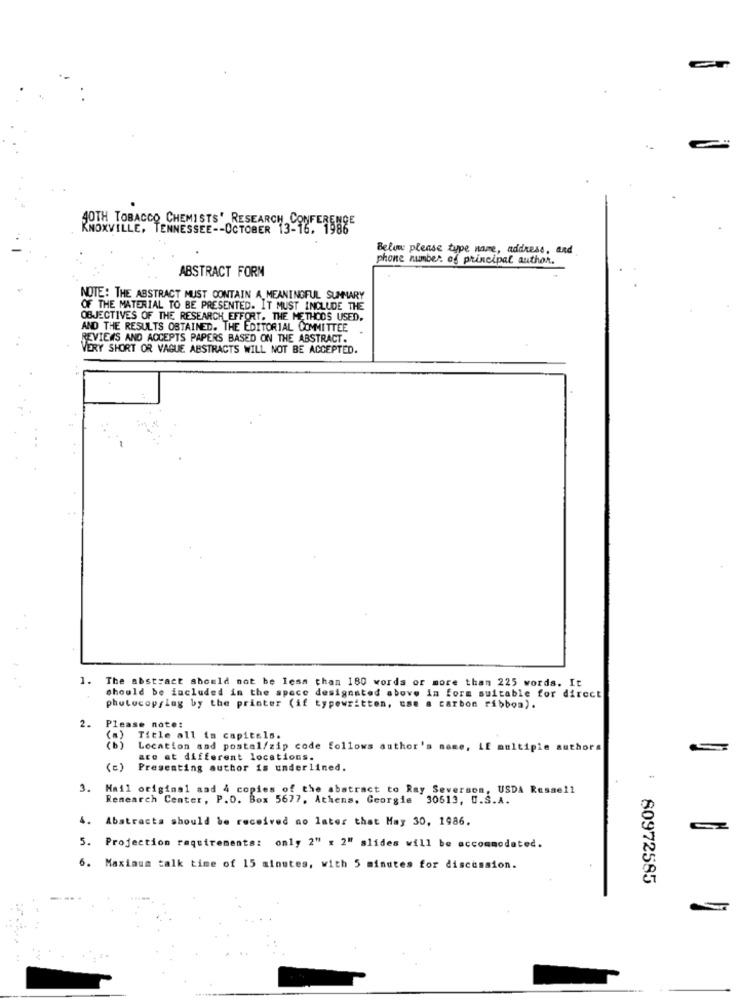
KNOXVILLE, TENNESSEE -- OCTOBER 13-16,
40TH TOBACCO CHEMISTS" RESEARCH, CONFERENCE
Below please type name, address, and
phone number of principal author.
ABSTRACT FORM
NOTE: THE ABSTRACT MUST CONTAIN A MEANINGFUL SUMMARY
OF THE MATERIAL TO BE PRESENTED. IT MUST INCLUDE THE
OBJECTIVES OF THE RESEARCH EFFORT. THE METHODS USED,
AND THE RESULTS OBTAINED. THE EDITORIAL COMMITTEE
REVIEWS AND ACCEPTS PAPERS BASED ON THE ABSTRACT.
VERY SHORT OR VAGUE ABSTRACTS WILL NOT BE ACCEPTED.
1. The abstract should not be less than 180 words or more than 225 words. It
should be included in the space designated above in form suitable for direct
phutocopflag by the printer (if typewritten, use a carbon ribbon).
2.
Please note:
(=)
Title all in capitals.
(b)
Location and postal/zip code follows author's name, LE multiple authors
are at different locations.
(E)
Presenting author is underlined.
3.
Hail original and 4 copies of the abstract to Ray Severson, USDA Ressell
Research Center, P.O. Box 5677, Athens. Georgie 30513, U.S.A.
4. Abstracta should be received no later that May 30, 1986.
5. Projection requirements: only 2" : 2" alides will be accommodated.
6. Maximum talk time of 15 minutes, with 5 minutes for discussion.
80972585